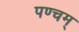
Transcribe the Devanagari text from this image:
पण्चम्